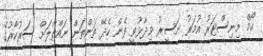
ހޯމް މިނިސްޓަރު އުމަރު ނަސީރު ވިދާޅުވީ ފެން ހެދޭ ތަންތަން ނައްތާލަށް ސަރުކާރުގެ